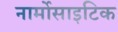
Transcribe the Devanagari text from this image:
नार्मोसाइटिक